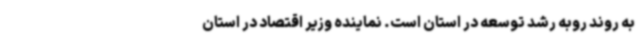
به روند روبه رشد توسعه در استان است. نماینده وزیر اقتصاد در استان